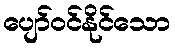
ပျော်ဝင်နိုင်သော